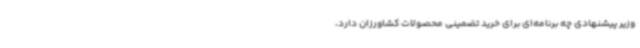
وزیر پیشنهادی چه برنامه‌ای برای خرید تضمینی محصولات کشاورزان دارد،